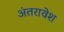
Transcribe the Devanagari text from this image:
अंतरावेश